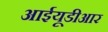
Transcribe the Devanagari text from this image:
आईयूडीआर